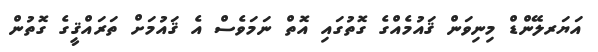
އަޔަރލޭންޑް މިނިވަން ޤައުމެއްގެ ގޮތުގައި އޮތް ނަމަވެސް އެ ޤައުމަށް ތަރައްޤީގެ ގޮތުން